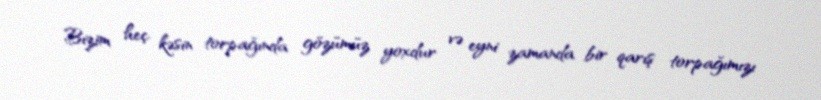
Bizim heç kəsin torpağında gözümüz yoxdur və eyni zamanda bir qarış torpağımızı